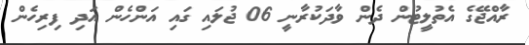
ރާއްޖޭގެ އެތުލީޓުން ދެން ވާދަކުރާނީ 06 ޖުލައި ގައި އަންހެން އަދި ފިރިހެން